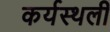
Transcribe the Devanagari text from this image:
कर्यस्थली